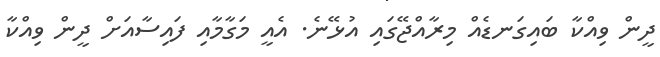
ދީން ވިއްކާ ބައިގަނޑެއް މިރާއްޖޭގައި އުޅޭނެ. އެއީ މަގާމާއި ފައިސާއަށް ދީން ވިއްކާ